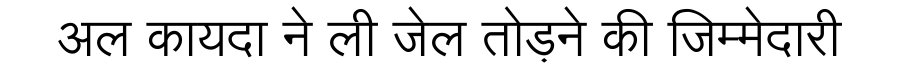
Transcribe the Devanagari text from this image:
अल कायदा ने ली जेल तोड़ने की जिम्मेदारी